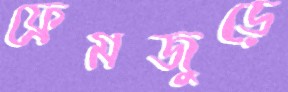
ফ্রেমজুড়ে